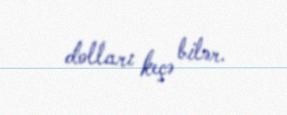
dolları keçə bilər.